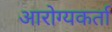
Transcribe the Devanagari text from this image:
आरोग्यकर्ता